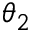
\theta _ { 2 }